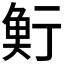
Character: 𩶷